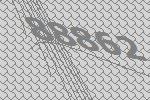
88862